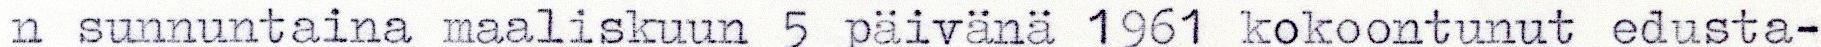
n sunnuntaina maaliskuun 5 päivänä 1961 kokoontunut edusta-